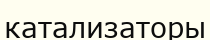
катализаторы